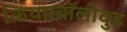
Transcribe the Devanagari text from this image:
किया।बॉलीवुड